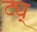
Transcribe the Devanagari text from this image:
ट्य्